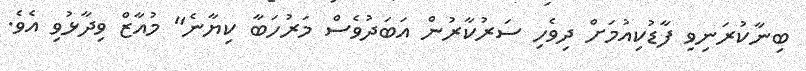
ބިނާކުރަނިވި ފާޑުކިއުމަށް ދިވެހި ސަރުކާރުން އަބަދުވެސް މަރުހަބާ ކިޔާނެ" މުއާޒް ވިދާޅުވި އެވެ.